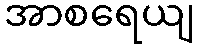
အာစရေယျ